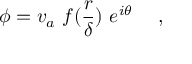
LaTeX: \phi = v _ { a } ~ f ( { \frac { r } { \delta } } ) ~ e ^ { i \theta } ~ ~ ~ \ ,